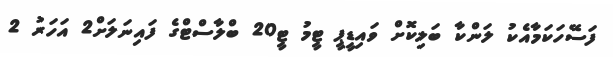
ފަސޭހަކަމާއެކު ލަންކާ ބަލިކޮށް ވައިޑީޕީ ޓީމު ޓީ20 ބްލާސްޓްގެ ފައިނަލަށް2 އަހަރު 2